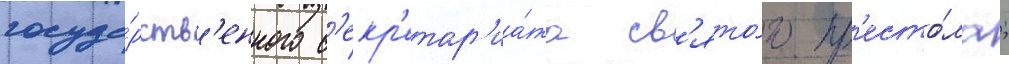
госуда́рств'енного с'екр'етар'иа́та св'ято́го пр'есто́ла;